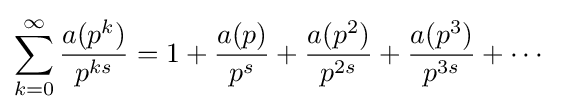
\sum _{k=0}^{\infty }{\frac {a(p^{k})}{p^{ks}}}=1+{\frac {a(p)}{p^{s}}}+{\frac {a(p^{2})}{p^{2s}}}+{\frac {a(p^{3})}{p^{3s}}}+\cdots